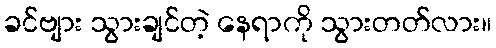
ခင်ဗျား သွားချင်တဲ့ နေရာကို သွားတတ်လား။